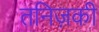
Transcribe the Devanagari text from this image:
तनिज़की